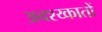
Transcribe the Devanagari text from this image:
अवश्य्कातों